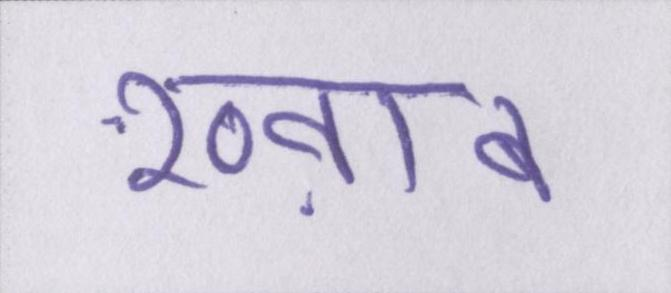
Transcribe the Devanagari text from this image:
ख्व़ाब